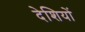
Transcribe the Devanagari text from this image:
देशियों